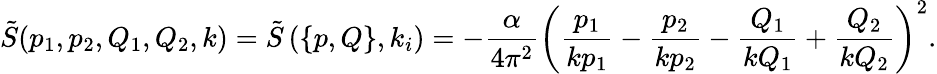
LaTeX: \tilde{S}(p_{1},p_{2},Q_{1},Q_{2},k)=\tilde{S}\left(\{ p,Q\} ,k_{i}\right)=-\frac{\alpha}{4\pi^{2}}\left(\frac{p_{1}}{kp_{1}}-\frac{p_{2}}{kp_{2}}-\frac{Q_{1}}{kQ_{1}}+\frac{Q_{2}}{kQ_{2}}\right)^{2}.